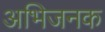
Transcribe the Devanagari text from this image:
अभिजनक